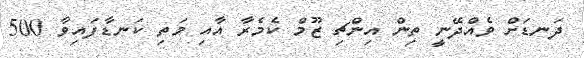
ދަނޑަށް ވެއްދޭނީ ތިން އިންޗި ޒޫމް ކެމެރާ އާއި މަތި ކަނޑާފައިވާ 500